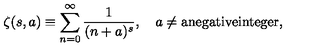
\zeta ( s , a ) \equiv \sum _ { n = 0 } ^ { \infty } \frac { 1 } { ( n + a ) ^ { s } } , \quad a \ne \mathrm { a n e g a t i v e i n t e g e r } ,